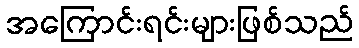
အကြောင်းရင်းများဖြစ်သည်